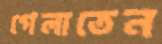
গেলাতেন